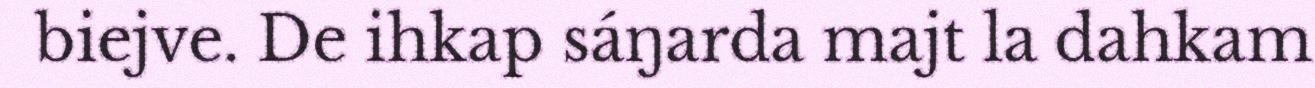
biejve. De ihkap sáŋarda majt la dahkam